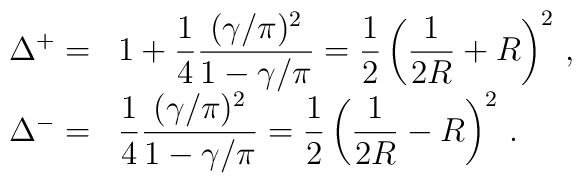
\begin{array}{rl}\displaystyle \Delta ^{+}= & 1+\displaystyle\frac{1}{4}\displaystyle\frac{(\gamma /\pi )^{2}}{1-\gamma /\pi }=\displaystyle\frac{1}{2}\left( \displaystyle\frac{1}{2R}+R\right) ^{2}\, ,\\\Delta ^{-}= & \displaystyle\frac{1}{4}\displaystyle\frac{(\gamma /\pi )^{2}}{1-\gamma /\pi }=\displaystyle\frac{1}{2}\left( \displaystyle\frac{1}{2R}-R\right) ^{2}\, .\end{array}